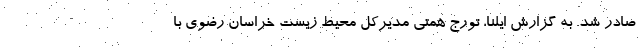
صادر شد. به گزارش ایلنا، تورج همتی مدیرکل محیط زیست خراسان رضوی با